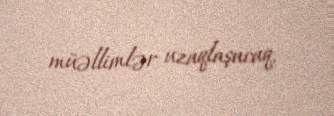
müəllimlər uzaqlaşacaq.